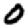
Digit: 0